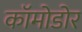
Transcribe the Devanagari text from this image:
कॉमोडोर